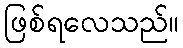
ဖြစ်ရလေသည်။